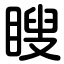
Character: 瞍